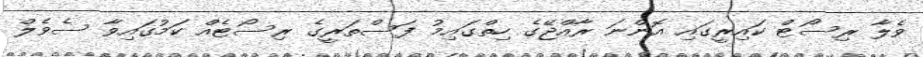
ވެލާ ރިސޯޓް ކައިރީގައި އޮންނަ ރާއްޖޭގެ ހިތްގައިމު ފަސްތަރީގެ ރިސޯޓެއް ކަމުގައިވާ ސެވެލް